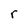
Character: r